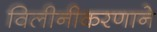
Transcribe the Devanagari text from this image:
विलीनीकरणाने